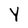
Character: Y